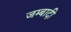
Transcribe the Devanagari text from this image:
जम्बादी